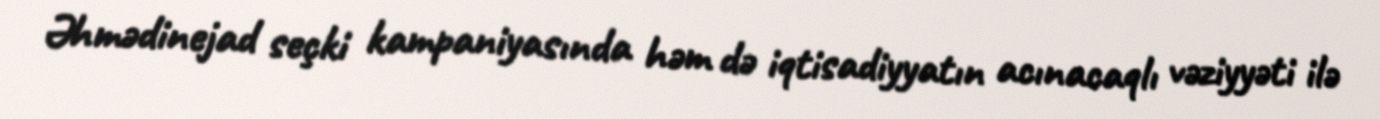
Əhmədinejad seçki kampaniyasında həm də iqtisadiyyatın acınacaqlı vəziyyəti ilə